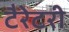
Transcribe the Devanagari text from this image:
टैरेटरी